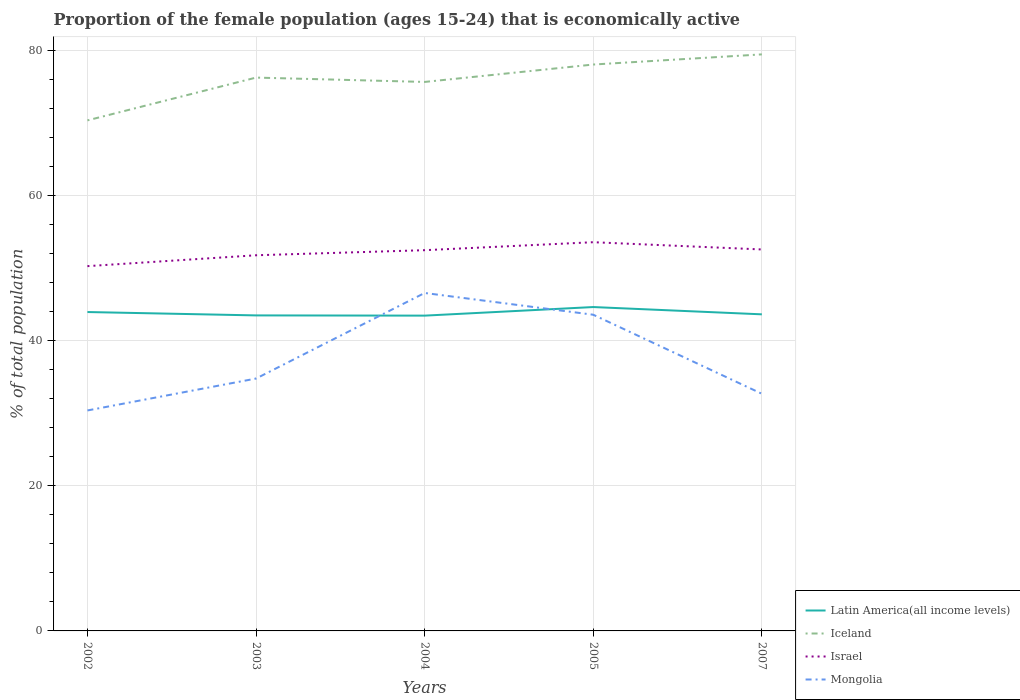
| Years | Latin America(all income levels) | Iceland | Israel | Mongolia |
 | --- | --- | --- | --- | --- |
 | 2002 | 44 | 70.4 | 50.3 | 30.4 |
 | 2003 | 43.5 | 76.3 | 51.8 | 34.8 |
 | 2004 | 43.5 | 75.7 | 52.5 | 46.6 |
 | 2005 | 44.7 | 78.1 | 53.6 | 43.6 |
 | 2007 | 43.7 | 79.5 | 52.6 | 32.7 |